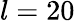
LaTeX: l=20